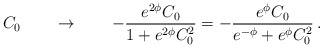
\begin{align*}\,\,\, C_0 \qquad \rightarrow \qquad -\frac{e^{2\phi}C_0}{1+e^{2\phi}C_0^{2}}=-\frac{e^{\phi}C_0 }{e^{-\phi}+e^{\phi}C_0^{2}} \, .\end{align*}